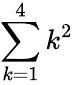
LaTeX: \sum\limits_{k=1}^{4}k^{2}